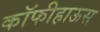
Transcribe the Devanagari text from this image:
कॉफीहाऊस